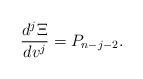
\begin{align*} \frac{d^j\Xi}{dv^j}=P_{n-j-2}.\end{align*}